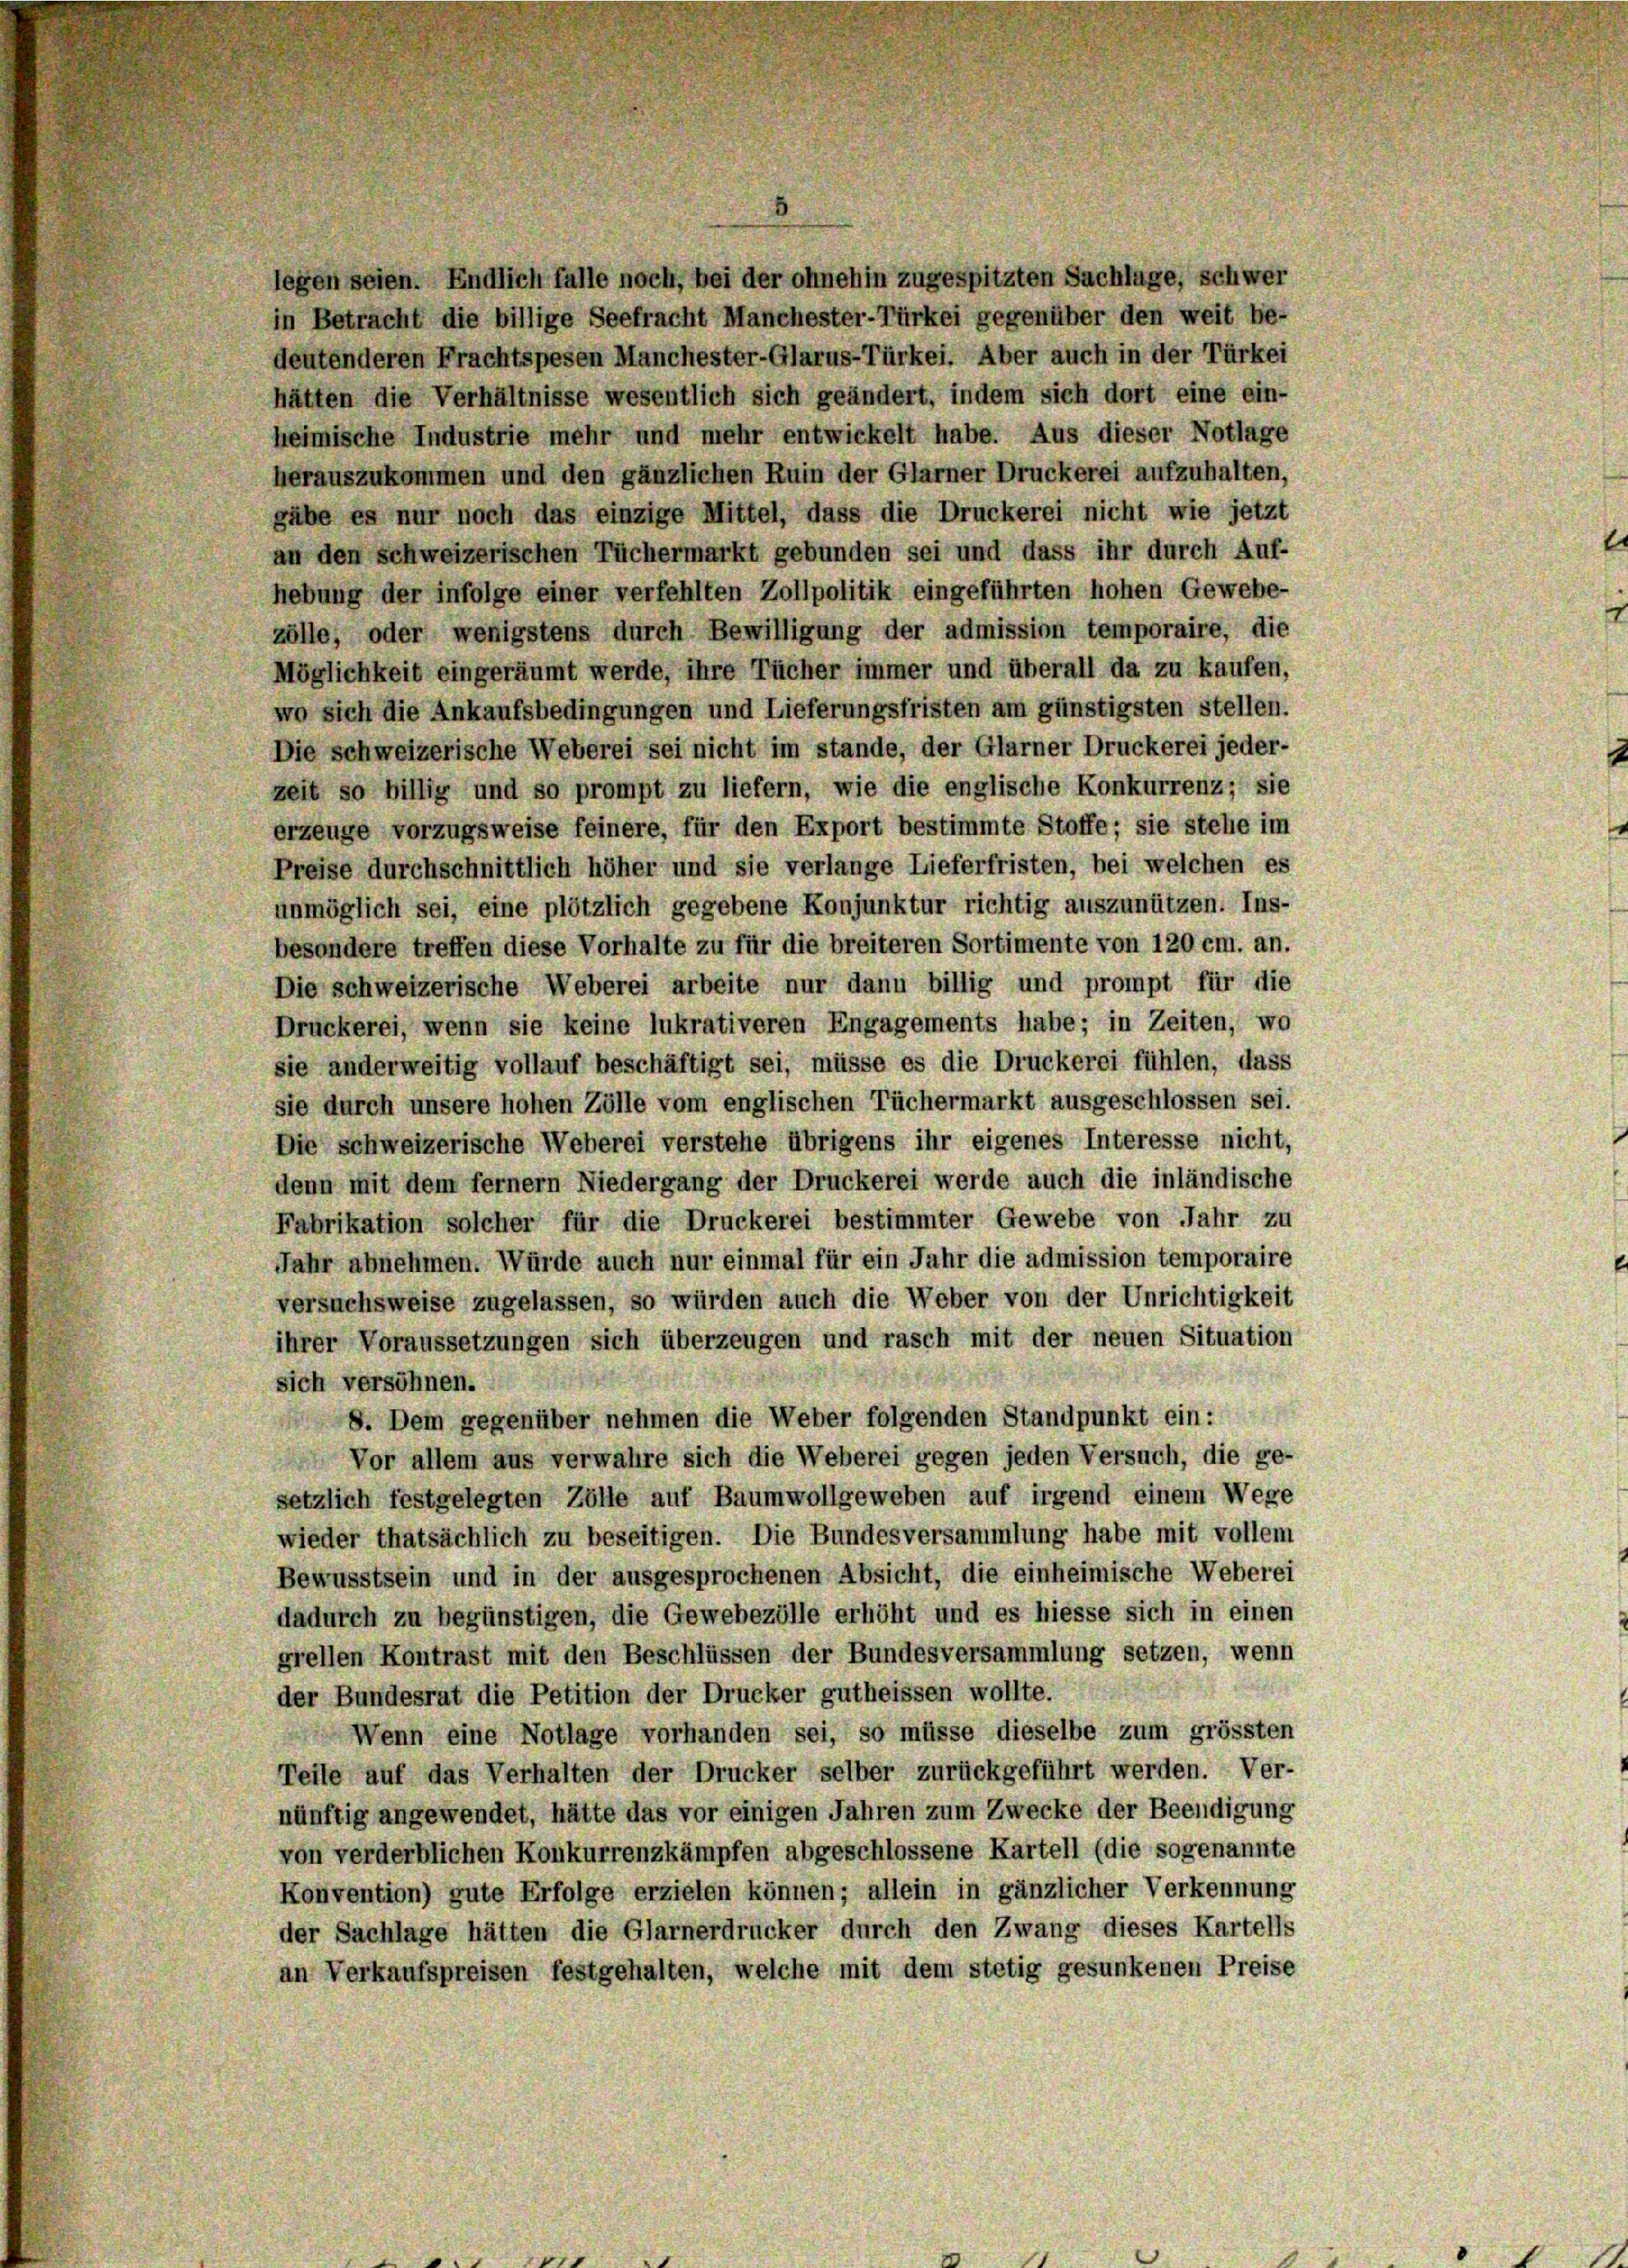
legen seien. Endlich falle noch, bei der ohnehin zugespitzten Sachlage, schwer
in Betracht die billige Seefracht Manchester-Türkei gegenüber den weit be-
deutenderen Frachtspesen Manchester-Glarus-Türkei. Aber auch in der Türkei
hätten die Verhältnisse wesentlich sich geändert, indem sich dort eine ein-
heimische Industrie mehr und mehr entwickelt habe. Aus dieser Notlage
herauszukommen und den gänzlichen Ruin der Glarner Druckerei aufzuhalten,
gäbe es nur noch das einzige Mittel, dass die Druckerei nicht wie jetzt
an den schweizerischen Tüchermarkt gebunden sei und dass ihr durch Auf-
hebung der infolge einer verfehlten Zollpolitik eingeführten hohen Gewebe-
zölle, oder wenigstens durch Bewilligung der admission temporaire, die
Möglichkeit eingeräumt werde, ihre Tücher immer und überall da zu kaufen,
wo sich die Ankaufsbedingungen und Lieferungsfristen am günstigsten stellen.
Die schweizerische Weberei sei nicht im stande, der Glarner Druckerei jeder-
zeit so billig und so prompt zu liefern, wie die englische Konkurrenz; sie
erzeuge vorzugsweise feinere, für den Export bestimmte Stoffe; sie stehe im
Preise durchschnittlich höher und sie verlange Lieferfristen, bei welchen es
unmöglich sei, eine plötzlich gegebene Konjunktur richtig auszunützen. Ins-
besondere treffen diese Vorhalte zu für die breiteren Sortimente von 120 cm. an.
Die schweizerische Weberei arbeite nur dann billig und prompt für die
Druckerei, wenn sie keine lukrativeren Engagements habe; in Zeiten, wo
sie anderweitig vollauf beschäftigt sei, müsse es die Druckerei fühlen, dass
sie durch unsere hohen Zölle vom englischen Tüchermarkt ausgeschlossen sei.
Die schweizerische Weberei verstehe übrigens ihr eigenes Interesse nicht,
denn mit dem fernem Niedergang der Druckerei werde auch die inländische
Fabrikation solcher für die Druckerei bestimmter Gewebe von Jahr zu
Jahr abnehmen. Würde auch nur einmal für ein Jahr die admission temporaire
versuchsweise zugelassen, so würden auch die Weber von der Unrichtigkeit
ihrer Voraussetzungen sich überzeugen und rasch mit der neuen Situation
sich versöhnen.
8. Dem gegenüber nehmen die Weber folgenden Standpunkt ein:
Vor allem aus verwahre sich die Weberei gegen jeden Versuch, die ge-
setzlich festgelegten Zölle auf Baumwollgeweben auf irgend einem Wege
wieder thatsächlich zu beseitigen. Die Bundesversammlung habe mit vollem
Bewusstsein und in der ausgesprochenen Absicht, die einheimische Weberei
dadurch zu begünstigen, die Gewebezölle erhöht und es hiesse sich in einen
grellen Kontrast mit den Beschlüssen der Bundesversammlung setzen, wenn
der Bundesrat die Petition der Drucker gutheissen wollte.
 Wenn eine Notlage vorhanden sei, so müsse dieselbe zum grössten
Teile auf das Verhalten der Drucker selber zurückgeführt werden. Ver-
nünftig angewendet, hätte das vor einigen Jahren zum Zwecke der Beendigung
von verderblichen Konkurrenzkämpfen abgeschlossene Kartell (die sogenannte
Konvention) gute Erfolge erzielen können; allein in gänzlicher Verkennung
der Sachlage hätten die Glarnerdrucker durch den Zwang dieses Kartells
an Verkaufspreisen festgehalten, welche mit dem stetig gesunkenen Preise